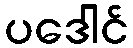
ပဒေါင်